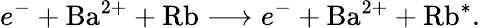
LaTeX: e^{-}+\mathrm{Ba}^{2+}+\mathrm{Rb}\longrightarrow e^{-}+\mathrm{Ba}^{2+}+\mathrm{Rb}^{*}.